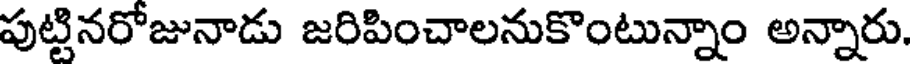
పుట్టినరోజునాడు జరిపించాలనుకొంటున్నాం అన్నారు.